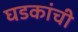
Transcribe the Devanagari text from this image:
घडकांची